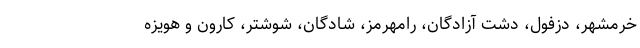
خرمشهر، دزفول، دشت آزادگان، رامهرمز، شادگان، شوشتر، کارون و هویزه